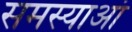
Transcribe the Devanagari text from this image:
समस्याआं